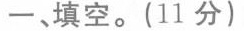
一、填空。（11分）